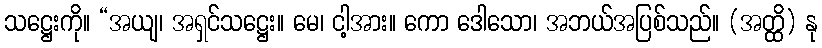
သဋ္ဌေးကို။ “အယျ၊ အရှင်သဋ္ဌေး။ မေ၊ ငါ့အား။ ကော ဒေါသော၊ အဘယ်အပြစ်သည်။ (အတ္ထိ) နု